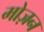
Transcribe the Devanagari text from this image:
मोज़न